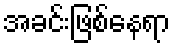
အခင်းဖြစ်နေရာ